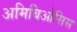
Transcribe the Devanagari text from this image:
अमिबिओसिस